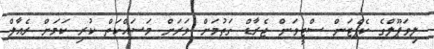
ލިވަޕޫލްގެ ކެޕްޓަން ސްޓީވަން ޖެރާޑް ގަތުމަށް ވަރަށް މަސައްކަތް ކުރި ކަމަށް ރެއާލް